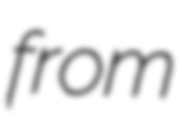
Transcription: from